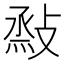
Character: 𢾧